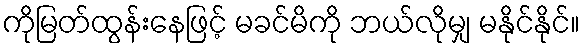
ကိုမြတ်ထွန်းနေဖြင့် မခင်မိကို ဘယ်လိုမျှ မနိုင်နိုင်။